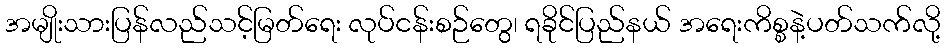
အမျိုးသားပြန်လည်သင့်မြတ်ရေး လုပ်ငန်းစဉ်တွေ၊ ရခိုင်ပြည်နယ် အရေးကိစ္စနဲ့ပတ်သက်လို့